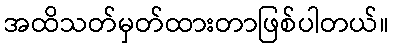
အထိသတ်မှတ်ထားတာဖြစ်ပါတယ်။